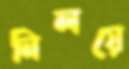
নিলয়ে